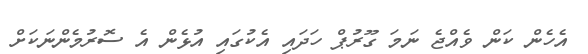
އެހެން ކަން ވެއްޖެ ނަމަ ގޫރުޕް ހަދައި އެކުގައި އުޅެން އެ ސޮރުމެންނަކަށް